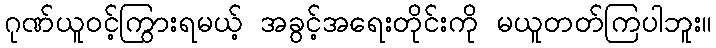
ဂုဏ်ယူဝင့်ကြွားရမယ့် အခွင့်အရေးတိုင်းကို မယူတတ်ကြပါဘူး။